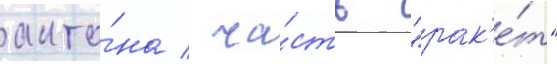
анто́на / ча́сть "рак'е́т"